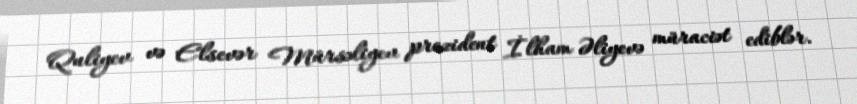
Quliyev və Elsevər Mürsəliyev prezident İlham Əliyevə müraciət ediblər.